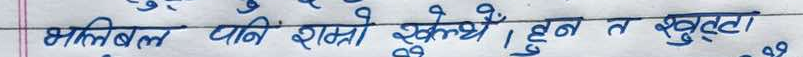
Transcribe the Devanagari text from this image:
भालिबल पानि सस्तो खेल्थे । हुन त खुट्टा